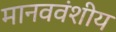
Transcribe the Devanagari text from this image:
मानववंशीय